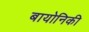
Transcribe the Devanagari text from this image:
बायोनिकी